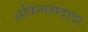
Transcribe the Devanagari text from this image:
अविनाशदादा